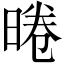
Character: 𭦣